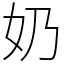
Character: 奶